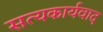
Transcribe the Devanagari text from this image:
सत्यकार्यवाद